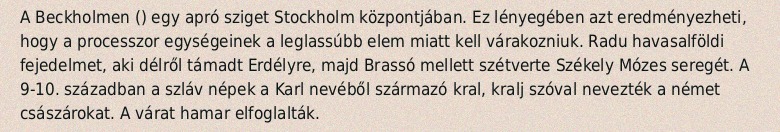
A Beckholmen () egy apró sziget Stockholm központjában. Ez lényegében azt eredményezheti, hogy a processzor egységeinek a leglassúbb elem miatt kell várakozniuk. Radu havasalföldi fejedelmet, aki délről támadt Erdélyre, majd Brassó mellett szétverte Székely Mózes seregét. A 9-10. században a szláv népek a Karl nevéből származó kral, kralj szóval nevezték a német császárokat. A várat hamar elfoglalták.